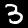
Label: 3